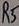
Text: R5